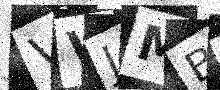
Text: VVJMBM